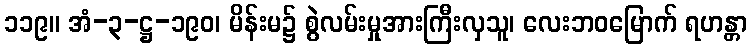
၁၁၉။ အံ-၃-ဋ္ဌ-၁၉၀၊ မိန်းမ၌ စွဲလမ်းမှုအားကြီးလှသူ၊ လေးဘဝမြောက် ရဟန္တာ